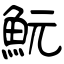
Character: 魭